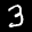
Label: 3